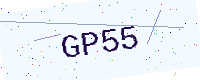
Text: GP55